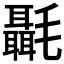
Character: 𰚶